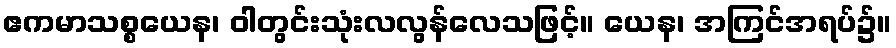
ဧကမာသစ္စယေန၊ ဝါတွင်းသုံးလလွန်လေသဖြင့်။ ယေန၊ အကြင်အရပ်၌။